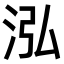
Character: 泓